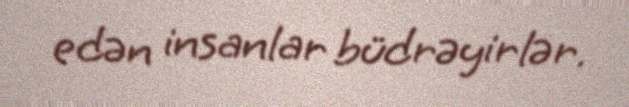
edən insanlar büdrəyirlər.